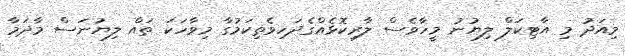
މިއަދު މި އާޓިކަލް ލިޔުނު މީހާވެސް ލާރިކޮޅެއްގެދަހިވެތިކަމުގާ މިވާހަކަ ތައް ލިޔުނަސް މާދަމާ